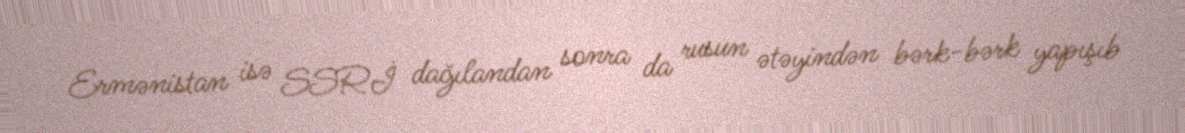
Ermənistan isə SSRİ dağılandan sonra da rusun ətəyindən bərk-bərk yapışıb